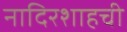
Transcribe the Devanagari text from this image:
नादिरशाहची